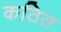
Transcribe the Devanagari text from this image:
कठित